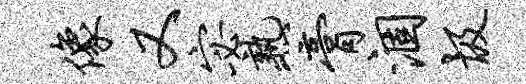
像又宓熟膏涸圾